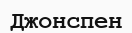
Джонспен